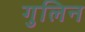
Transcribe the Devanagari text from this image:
गुलिन